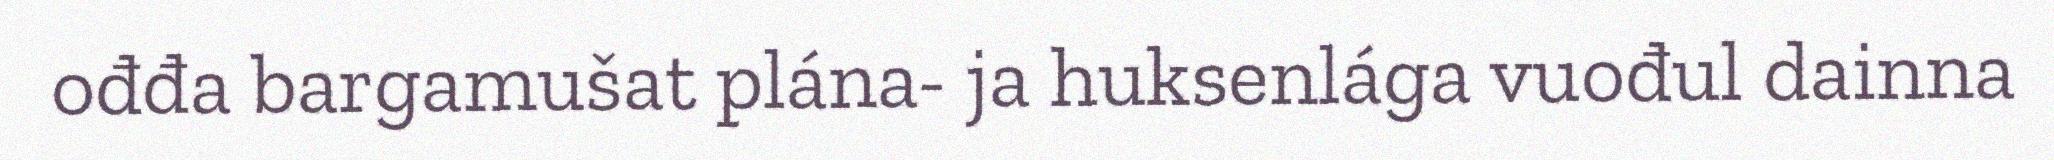
ođđa bargamušat plána- ja huksenlága vuođul dainna